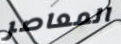
المعاصر